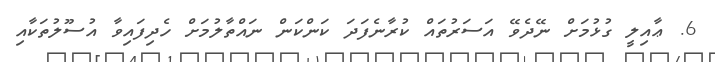
6. ޢާއިލީ ގުޅުމަށް ނޭދެވޭ އަސަރުތައް ކުރާނެފަދަ ކަންކަން ނައްތާލުމަށް ހެދިފައިވާ އުސޫލުތަކާއި